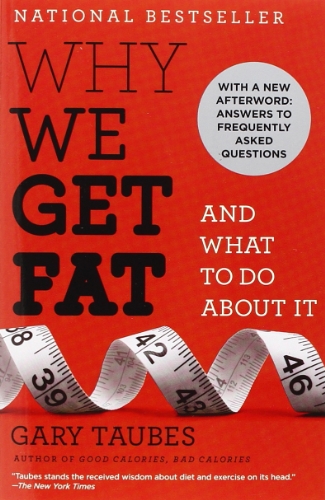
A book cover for Why We Get Fat: And What to Do About It; Gary Taubes; Cookbooks, Food & Wine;